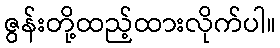
ဇွန်းတို့ထည့်ထားလိုက်ပါ။